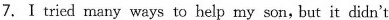
7.Ⅰ tried many ways to help my son,but it didn't